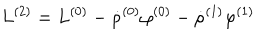
LaTeX: L ^ { ( 2 ) } = L ^ { ( 0 ) } - \dot { \rho } ^ { ( 0 ) } \varphi ^ { ( 0 ) } - \dot { \rho } ^ { ( 1 ) } \varphi ^ { ( 1 ) }